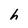
Character: h